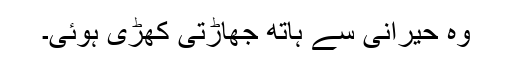
وہ حیرانی سے ہاتھ جھاڑتی کھڑی ہوئی۔